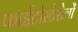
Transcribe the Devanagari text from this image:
फाईटोस्टेरोलों